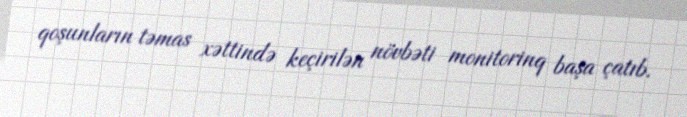
qoşunların təmas xəttində keçirilən növbəti monitorinq başa çatıb.